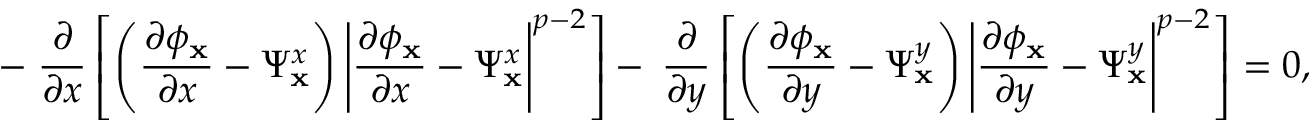
- \; \frac { \partial } { \partial x } \left[ \left( \frac { \partial \phi _ { \mathbf { x } } } { \partial x } - \Psi _ { \mathbf { x } } ^ { x } \right) \left\lvert \frac { \partial \phi _ { \mathbf { x } } } { \partial x } - \Psi _ { \mathbf { x } } ^ { x } \right\rvert ^ { p - 2 } \right] - \; \frac { \partial } { \partial y } \left[ \left( \frac { \partial \phi _ { \mathbf { x } } } { \partial y } - \Psi _ { \mathbf { x } } ^ { y } \right) \left\lvert \frac { \partial \phi _ { \mathbf { x } } } { \partial y } - \Psi _ { \mathbf { x } } ^ { y } \right\rvert ^ { p - 2 } \right] = 0 ,